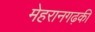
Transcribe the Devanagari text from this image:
मेहरानगढ़की